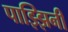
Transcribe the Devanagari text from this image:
पाझ्झिनी